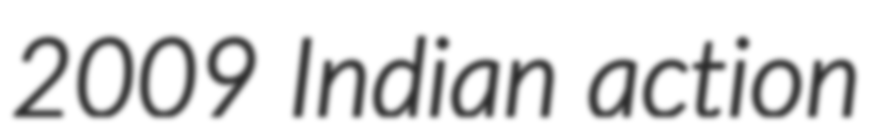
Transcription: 2009 Indian action